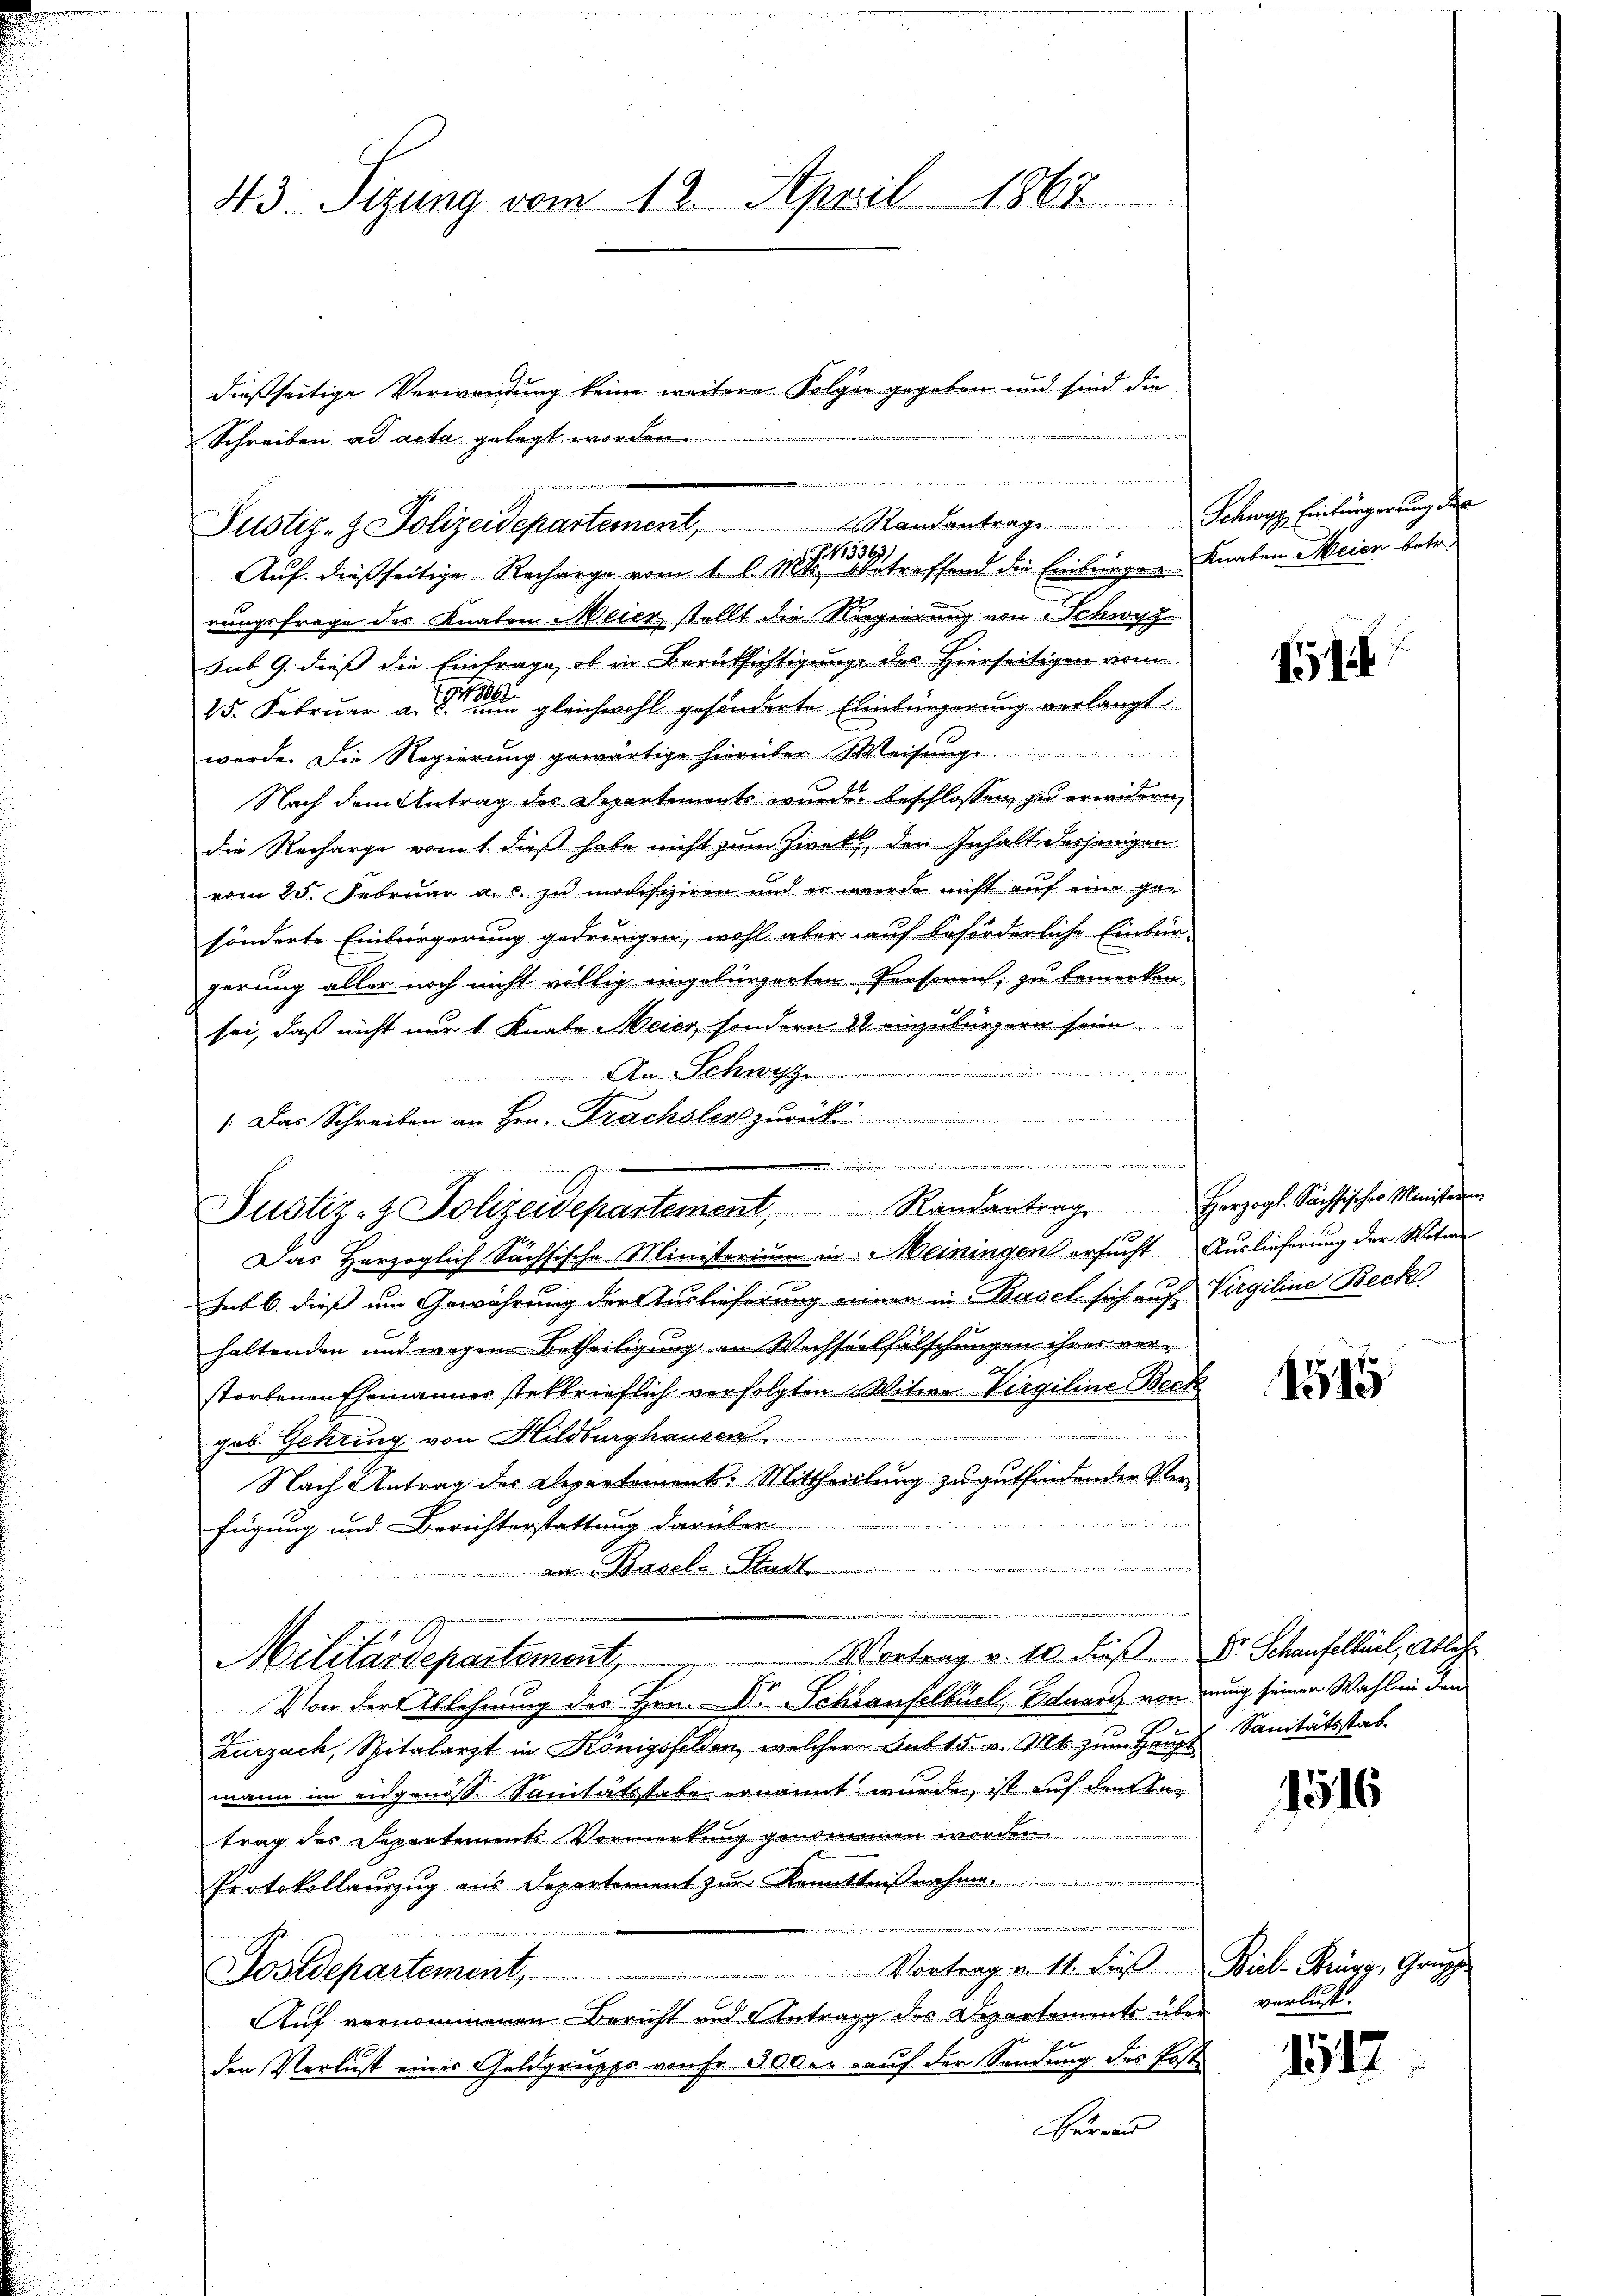
43. Sizung vom 12. April 1867

ist es noch in des ist mir die ein werden einer vertretenen der verrente in meinen wegen ein
Justiz- & Polizeidepartement, Standantrage Schwyz Einbürgerung des
.G. 15369)

dießseitige Verwendung keine weitere Folger gegeben und sind die
Schreiben ad acta gelegt worden.
e

Auf dießseitige Recharge vom 1. l. Mts., betreffend die Einbringen Knaben Meier betr.
rungsfrage des Knaben Meier stellt die Regierung von Schwyz
sub 9. dieß die Einfrage, ob in Berüksichtigunge des Hierseitigen vom
1884
25. Februar a. c. nun gleichwohl gesonderte Einbürgerung verlangt
werde. Die Regierung gewärtige hierüber Weisung
Nach dem Antrag des Departements wurde beschlossen, zu erwidern,
die Recharge vom 1. dieß habe nicht zum Zweck, der Inhalt desjenigen
vom 25. Februar a. c. zu modifiziern und es wurde nicht auf eine gar
sönderte Einbürgerung gedrungen, wohl aber auf beförderliche Einbür-
gerung aller noch nicht völlig eingebürgerten Personen, zu bemerken.
sei, daß nicht nur 1 Knabe Meier, sondern 18 einzubürgern sein.

An Schwyz
 Das Schreiben an Hrn. Frachsler z
1
Justiz- & Polizeidepartement, Randantrag herzogl. Sachsisches Ministerin
Das Herzoglich Sächsische Ministerium in Meiningen ersucht Auslieferung der Witwe
Hub b. dieß um Gewährung der Auslieferung einer in Basel sich auf Virgiline Beck
haltenden und wegen Betheiligung an Wechselfälschungen ihrer verstorbenen Ehemänner stelbrieflich verfolgten Witwe Virgiline Beck
geb. Gehring von Hildburghausen
Nach Antrag des Departements-Mittheillung zu gutfindender Verfügung und Berichterstattung darüber
n
an Basel-Stadt

e
Militärdepartement, Vortrag v. 10. Fuß. Dr. Schaufelteil, Ableh
.
Von der Ablehnung des Hrn. D. Schraufelbuel, Eduard von nung seiner Wahl in den
A
Zurzach, Spitalarzt in Königsfelden, welcher sub 15. v. Mts. zŭm Haus Sanitätsstab
wann im eidgenöss. Sanitätsstabe ernannt wurde, ist auf dem Antrag des Departimmts Vormerkung genommen werden.
Protokollauszug aus Departement zur Kenntnißnahme

Vortrag v. 11. Die Biel Brugg, Grup
Postdepartement,
Auf vernommenen Bericht und Antrag des Departements über verlustden Verlust einer Geldgruppe von Fr. 500 er auf der Sendung des Post
Hüren

.

1

1595

1516

1512.